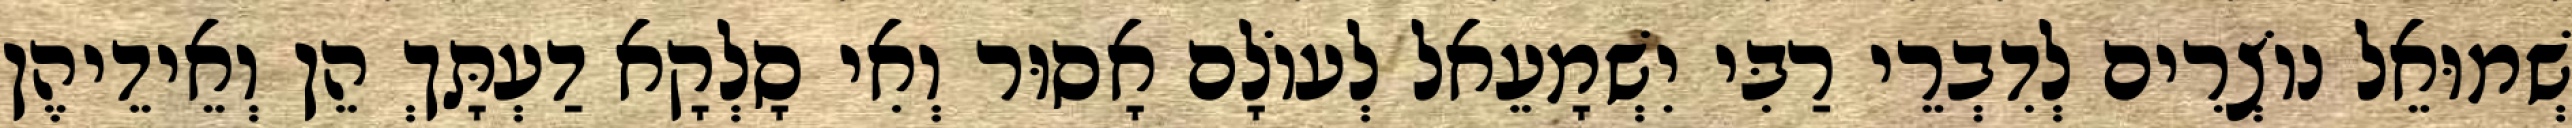
שְׁמוּאֵל נוֹצְרִים לְדִבְרֵי רַבִּי יִשְׁמָעֵאל לְעוֹלָם אָסוּר וְאִי סָלְקָא דַעְתָּךְ הֵן וְאֵידֵיהֶן